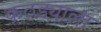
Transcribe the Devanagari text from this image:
कठड्याला